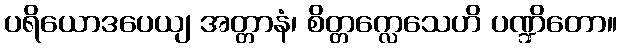
ပရိယောဒပေယျ အတ္တာနံ၊ စိတ္တက္လေသေဟိ ပဏ္ဍိတော။